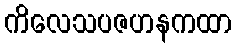
ကိလေသပဇဟနကထာ